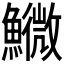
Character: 𩼌